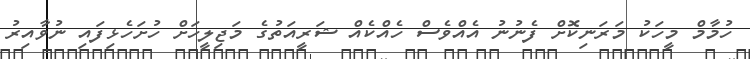
ހުމާމް މީހަކު މަރަނިކޮށް ފެނުނު އެއްވެސް ހެއްކެއް ޝަރީއަތުގެ މަޖިލީހަށް ހުށަހެޅިފައި ނުވާއިރު